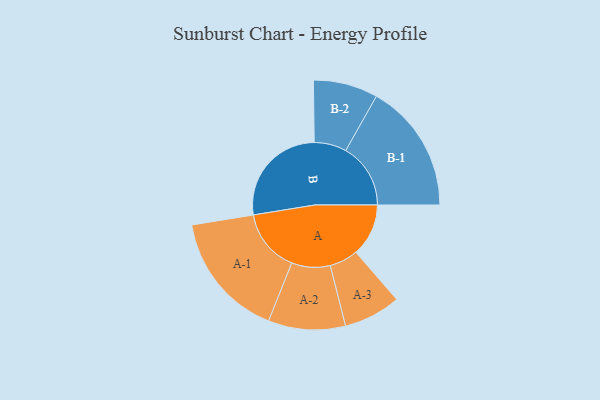
{"axis": {"x": "Segment", "y": "Value"}, "legend": ["", "A", "B"], "data": [{"x": "A", "y": 184, "type": ""}, {"x": "B", "y": 369, "type": ""}, {"x": "A-1", "y": 221, "type": "A"}, {"x": "A-2", "y": 135, "type": "A"}, {"x": "A-3", "y": 100, "type": "A"}, {"x": "B-1", "y": 227, "type": "B"}, {"x": "B-2", "y": 113, "type": "B"}]}